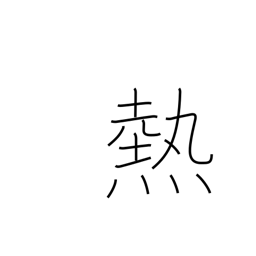
Meaning: passion